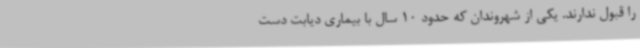
را قبول ندارند. یکی از شهروندان که حدود 10 سال با بیماری دیابت دست